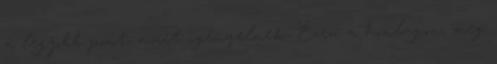
a legjobb pont, amit igényelnek. Ezen a honlapon, meg